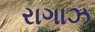
રાગાઝ